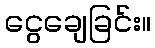
ငွေချေခြင်း။